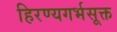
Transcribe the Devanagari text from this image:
हिरण्यगर्भसूक्त